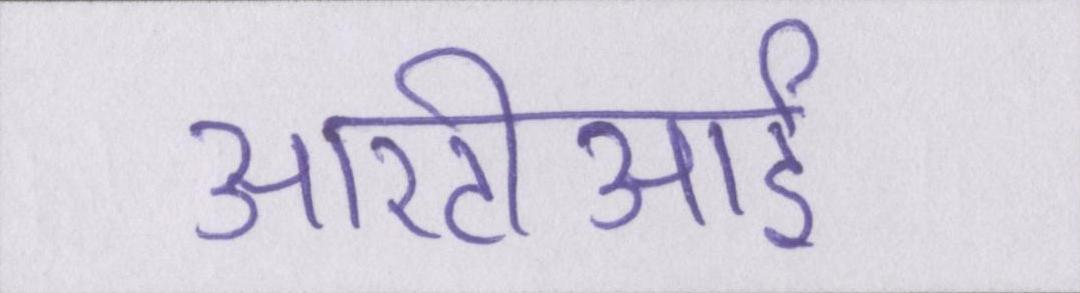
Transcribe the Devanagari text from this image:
आरटीआई